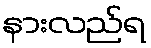
နားလည်ရ